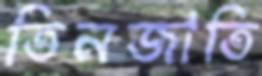
তিনজাতি